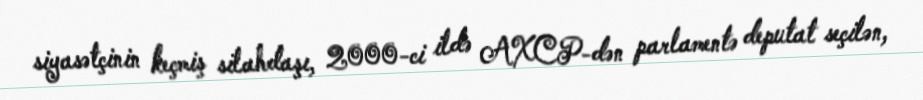
siyasətçinin keçmiş silahdaşı, 2000-ci ildə AXCP-dən parlamentə deputat seçilən,